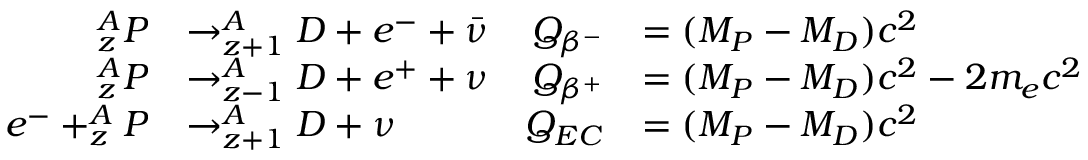
\begin{array} { r l r l } { _ z ^ { A } P } & { \rightarrow _ { z + 1 } ^ { A } D + e ^ { - } + \bar { \nu } } & { Q _ { \beta ^ { - } } } & { = ( M _ { P } - M _ { D } ) c ^ { 2 } } \\ { _ z ^ { A } P } & { \rightarrow _ { z - 1 } ^ { A } D + e ^ { + } + { \nu } } & { Q _ { \beta ^ { + } } } & { = ( M _ { P } - M _ { D } ) c ^ { 2 } - 2 m _ { e } c ^ { 2 } } \\ { e ^ { - } + _ { z } ^ { A } P } & { \rightarrow _ { z + 1 } ^ { A } D + \nu } & { Q _ { E C } } & { = ( M _ { P } - M _ { D } ) c ^ { 2 } } \end{array}